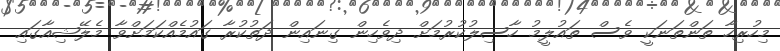
މިހުރިހާ ތަންތަނަކީ ވެސް ތައުލީމު ހާސިލުކުރުމަށް ދިވެހިން ގިނައިން ދަތުކުރާ ގައުމެއްކަމަށްވާ މެލޭޝިއާގައި